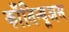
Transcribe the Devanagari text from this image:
काँतिन्यूअस